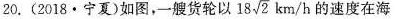
20.(2018·宁夏)如图，一艘货轮以18 \sqrt{2}km/h的速度在海